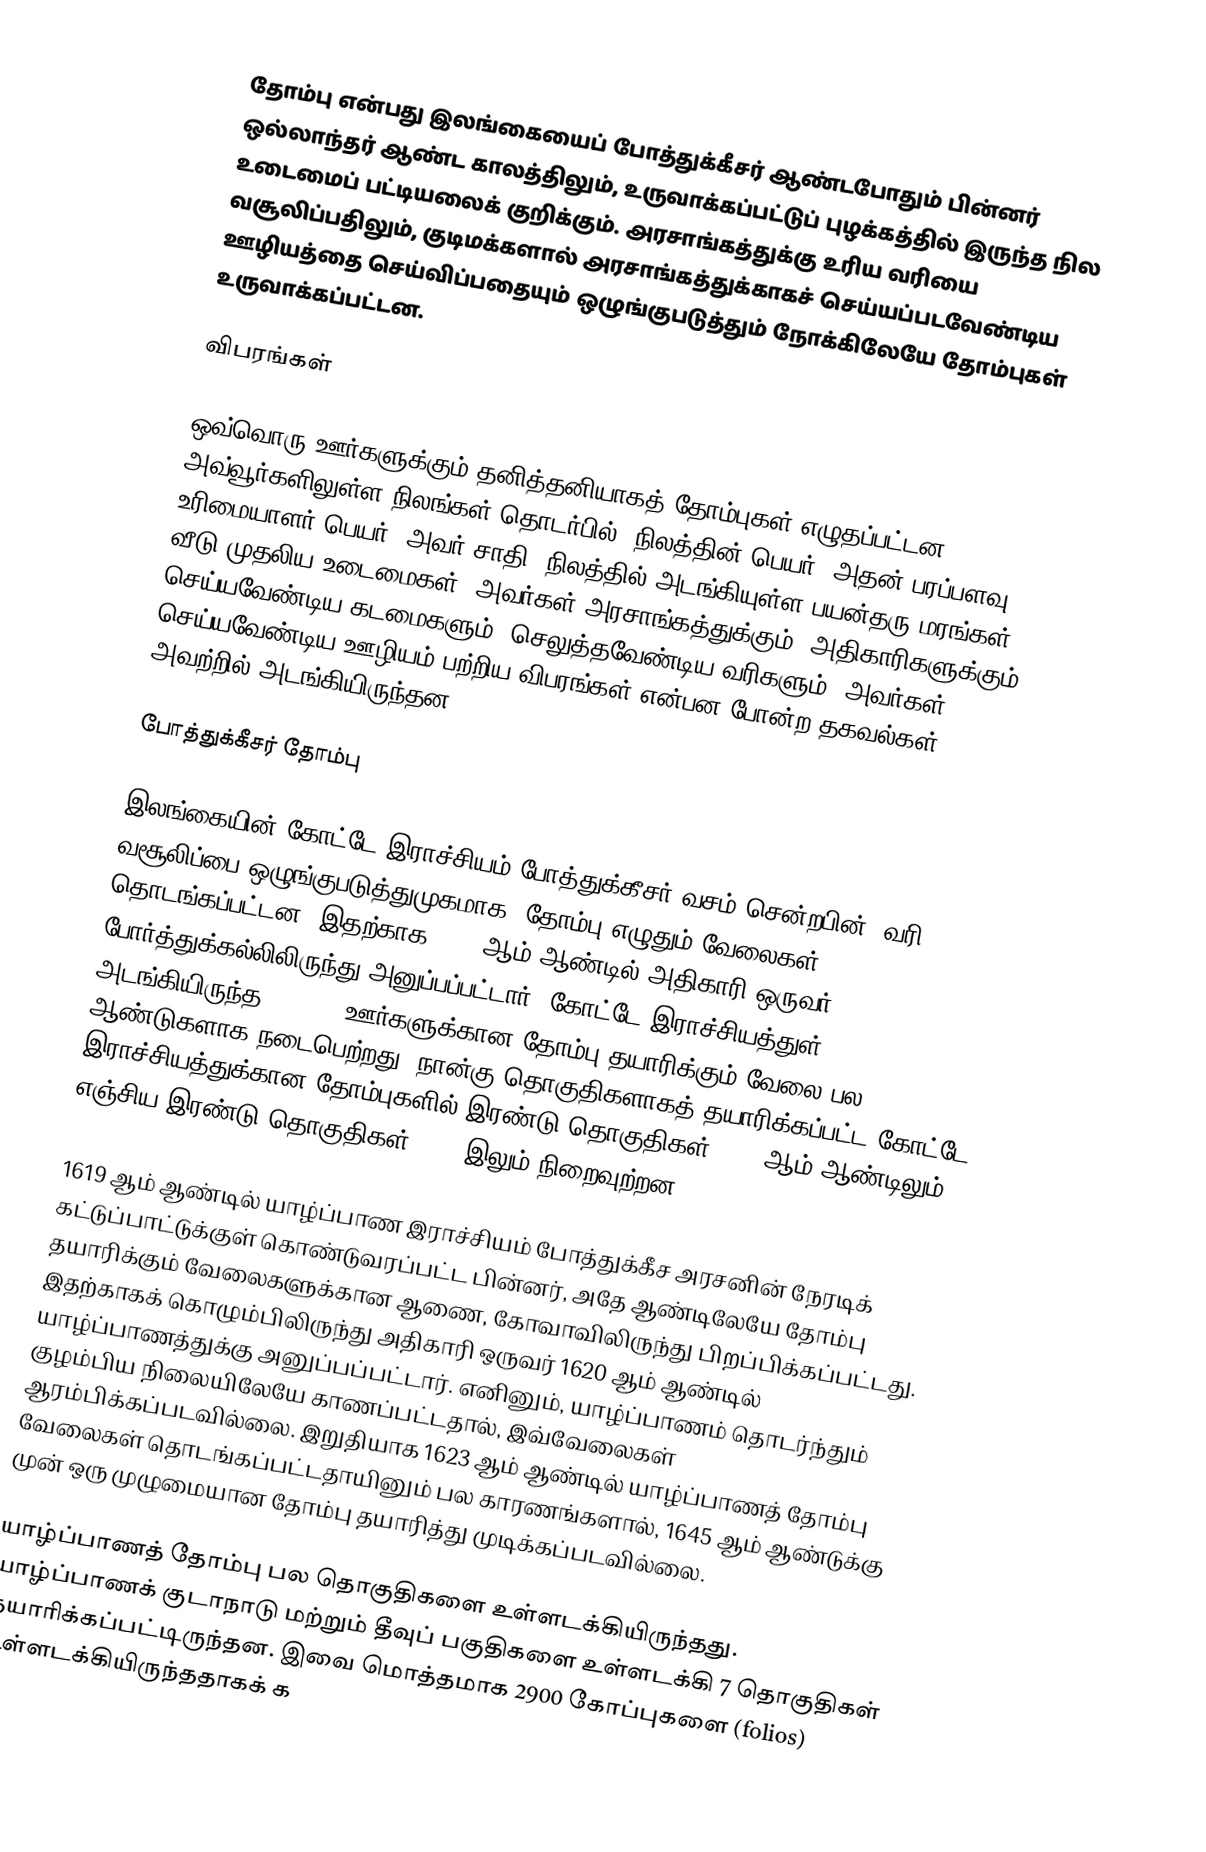
தோம்பு என்பது இலங்கையைப் போத்துக்கீசர் ஆண்டபோதும் பின்னர் ஒல்லாந்தர் ஆண்ட காலத்திலும், உருவாக்கப்பட்டுப் புழக்கத்தில் இருந்த நில உடைமைப் பட்டியலைக் குறிக்கும். அரசாங்கத்துக்கு உரிய வரியை வசூலிப்பதிலும், குடிமக்களால் அரசாங்கத்துக்காகச் செய்யப்படவேண்டிய ஊழியத்தை செய்விப்பதையும் ஒழுங்குபடுத்தும் நோக்கிலேயே தோம்புகள் உருவாக்கப்பட்டன.

விபரங்கள்

ஒவ்வொரு ஊர்களுக்கும் தனித்தனியாகத் தோம்புகள் எழுதப்பட்டன. அவ்வூர்களிலுள்ள நிலங்கள் தொடர்பில், நிலத்தின் பெயர், அதன் பரப்பளவு, உரிமையாளர் பெயர், அவர் சாதி, நிலத்தில் அடங்கியுள்ள பயன்தரு மரங்கள், வீடு முதலிய உடைமைகள், அவர்கள் அரசாங்கத்துக்கும், அதிகாரிகளுக்கும் செய்யவேண்டிய கடமைகளும், செலுத்தவேண்டிய வரிகளும், அவர்கள் செய்யவேண்டிய ஊழியம் பற்றிய விபரங்கள் என்பன போன்ற தகவல்கள் அவற்றில் அடங்கியிருந்தன.

போத்துக்கீசர் தோம்பு

இலங்கையின் கோட்டே இராச்சியம் போத்துக்கீசர் வசம் சென்றபின், வரி வசூலிப்பை ஒழுங்குபடுத்துமுகமாக, தோம்பு எழுதும் வேலைகள் தொடங்கப்பட்டன. இதற்காக 1608 ஆம் ஆண்டில் அதிகாரி ஒருவர் போர்த்துக்கல்லிலிருந்து அனுப்பப்பட்டார். கோட்டே இராச்சியத்துள் அடங்கியிருந்த 21, 873 ஊர்களுக்கான தோம்பு தயாரிக்கும் வேலை பல ஆண்டுகளாக நடைபெற்றது. நான்கு தொகுதிகளாகத் தயாரிக்கப்பட்ட கோட்டே இராச்சியத்துக்கான தோம்புகளில் இரண்டு தொகுதிகள் 1614 ஆம் ஆண்டிலும், எஞ்சிய இரண்டு தொகுதிகள் 1618 இலும் நிறைவுற்றன.

1619 ஆம் ஆண்டில் யாழ்ப்பாண இராச்சியம் போத்துக்கீச அரசனின் நேரடிக் கட்டுப்பாட்டுக்குள் கொண்டுவரப்பட்ட பின்னர், அதே ஆண்டிலேயே தோம்பு தயாரிக்கும் வேலைகளுக்கான ஆணை, கோவாவிலிருந்து பிறப்பிக்கப்பட்டது. இதற்காகக் கொழும்பிலிருந்து அதிகாரி ஒருவர் 1620 ஆம் ஆண்டில் யாழ்ப்பாணத்துக்கு அனுப்பப்பட்டார். எனினும், யாழ்ப்பாணம் தொடர்ந்தும் குழம்பிய நிலையிலேயே காணப்பட்டதால், இவ்வேலைகள் ஆரம்பிக்கப்படவில்லை. இறுதியாக 1623 ஆம் ஆண்டில் யாழ்ப்பாணத் தோம்பு வேலைகள் தொடங்கப்பட்டதாயினும் பல காரணங்களால், 1645 ஆம் ஆண்டுக்கு முன் ஒரு முழுமையான தோம்பு தயாரித்து முடிக்கப்படவில்லை.

யாழ்ப்பாணத் தோம்பு பல தொகுதிகளை உள்ளடக்கியிருந்தது. யாழ்ப்பாணக் குடாநாடு மற்றும் தீவுப் பகுதிகளை உள்ளடக்கி 7 தொகுதிகள் தயாரிக்கப்பட்டிருந்தன. இவை மொத்தமாக 2900 கோப்புகளை (folios) உள்ளடக்கியிருந்ததாகக் க